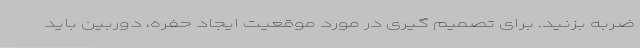
ضربه بزنید. برای تصمیم گیری در مورد موقعیت ایجاد حفره، دوربین باید